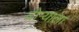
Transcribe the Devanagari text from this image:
दोऱ्याला